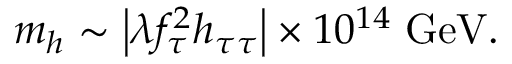
m _ { h } \sim \left| \lambda f _ { \tau } ^ { 2 } h _ { \tau \tau } \right| \times 1 0 ^ { 1 4 } \; \mathrm { G e V } .